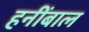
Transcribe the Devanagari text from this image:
हनींबाल